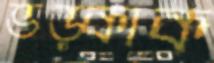
ভড়্‌কাক